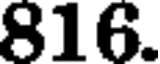
816.